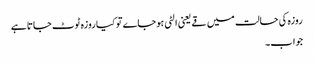
روزہ کی حالت میں قے یعنی الٹی ہوجاے تو کیا روزہ ٹوٹ جاتا ہے
جواب۔